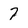
Character: 7